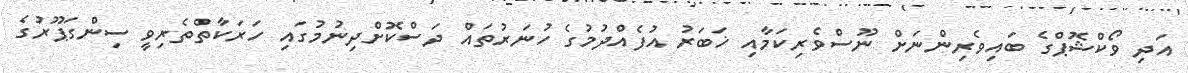
އަދި ވޯކްޝޮޕްގެ ބައިވެރިންނަށް ނޫސްވެރިކަމާއި ޚަބަރު އުފެއްދުމުގެ ހުނަރުތައް ދަސްކޮށްދިނުމުގައި ހަރަކާތްތެރިވީ ސިންގަޕޫރުގެ